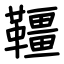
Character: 韁